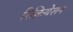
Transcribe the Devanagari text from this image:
रिक्रियेशन